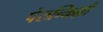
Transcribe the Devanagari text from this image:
पेरुन्किल्ली